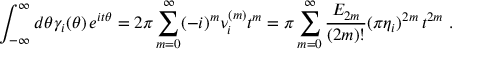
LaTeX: \int _ { - \infty } ^ { \infty } d \theta \gamma _ { i } ( \theta ) \, e ^ { i t \theta } = 2 \pi \sum _ { m = 0 } ^ { \infty } ( - i ) ^ { m } \nu _ { i } ^ { ( m ) } t ^ { m } = \pi \sum _ { m = 0 } ^ { \infty } \frac { E _ { 2 m } } { ( 2 m ) ! } ( \pi \eta _ { i } ) ^ { 2 m } \, t ^ { 2 m } \, \, .